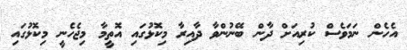
އެހެން ނަމަވެސް ކުރިއަށް ދާން ބޭނުންވާ ދާއިރާ މިކޮޅުގައި އޮތީމާ މިޖެހެނީ މިކޮޅުގައި